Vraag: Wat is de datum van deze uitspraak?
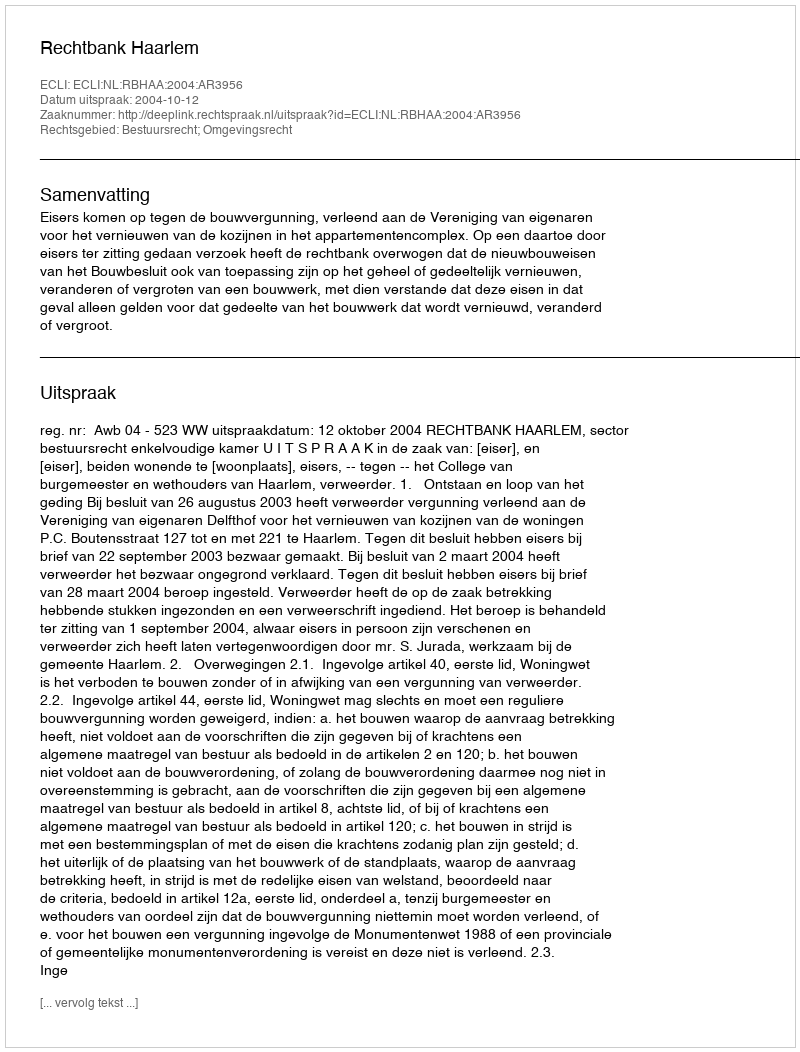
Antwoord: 2004-10-12